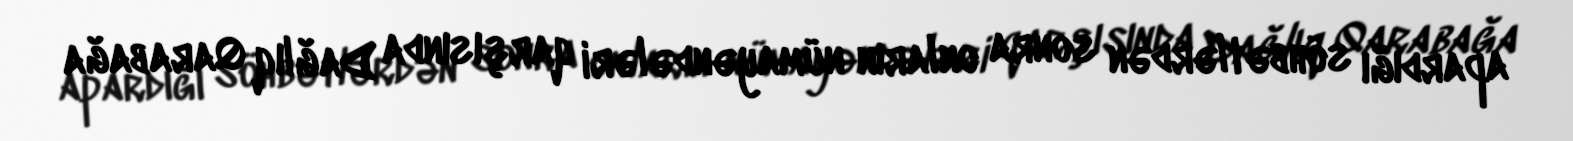
apardığı söhbətlərdən sonra onların nümayəndələri qarşısında Dağlıq Qarabağa